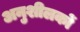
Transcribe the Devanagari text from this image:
अनुशीलकों